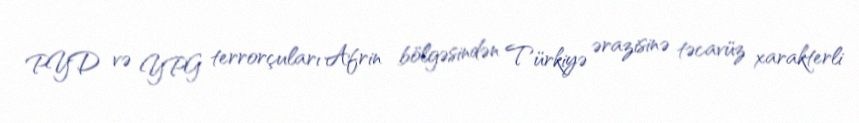
PYD və YPG terrorçuları Afrin bölgəsindən Türkiyə ərazisinə təcavüz xarakterli